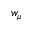
w _ { \mu }